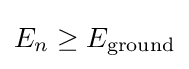
E_{n}\geq E_{\text{ground}}